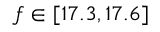
f \in [ 1 7 . 3 , 1 7 . 6 ]